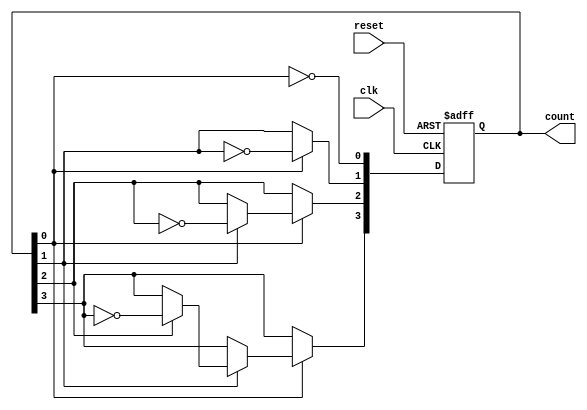
module async_ripple_counter (
    input wire clk,      // Clock input for the first flip-flop
    input wire reset,    // Asynchronous reset signal
    output reg [3:0] count // 4-bit output count
);

    // T Flip-Flops
    always @(posedge clk or posedge reset) begin
        if (reset) begin
            count <= 4'b0000; // Reset count to 0
        end else begin
            // T flip-flop behavior
            count[0] <= ~count[0]; // Toggle LSB
            if (count[0]) begin
                count[1] <= ~count[1]; // Toggle 2nd LSB
                if (count[1]) begin
                    count[2] <= ~count[2]; // Toggle 3rd LSB
                    if (count[2]) begin
                        count[3] <= ~count[3]; // Toggle MSB
                    end
                end
            end
        end
    end

endmodule